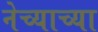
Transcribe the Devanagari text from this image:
नेच्याच्या